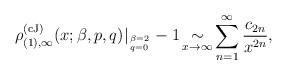
LaTeX: \begin{align*} {\rho}_{(1), \infty}^{(\rm cJ)}(x;\beta,p,q) |_{\beta = 2 \atop q=0} - 1 \mathop{\sim}\limits_{x \to \infty} \sum_{n=1}^\infty {c_{2n} \over x^{2n}}, \end{align*}